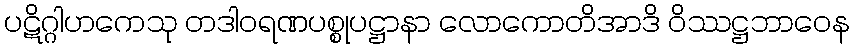
ပဋိဂ္ဂါဟကေသု တဒါဝရဏပစ္စုပဋ္ဌာနာ လောကောတိအာဒိ ဝိဿဋ္ဌဘာဝေန